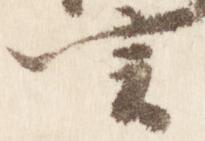
言